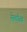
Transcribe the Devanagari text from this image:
सेकौब